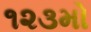
૧૨૩મો